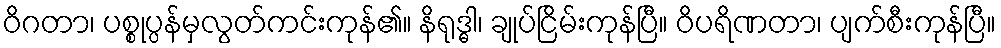
ဝိဂတာ၊ ပစ္စုပ္ပန်မှလွတ်ကင်းကုန်၏။ နိရုဒ္ဓါ၊ ချုပ်ငြိမ်းကုန်ပြီ။ ဝိပရိဏတာ၊ ပျက်စီးကုန်ပြီ။